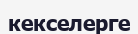
кекселерге